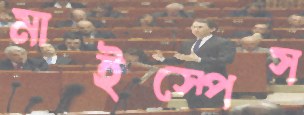
মাইস্পেস